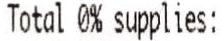
TOTAL 0% SUPPLIES: